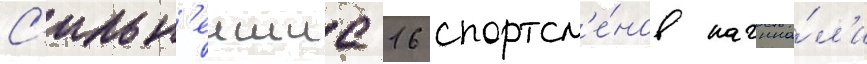
С'ильн'еишие 16 спортсм'е́нов начина́л'и